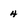
Character: 4